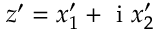
z ^ { \prime } = x _ { 1 } ^ { \prime } + \mathrm { ~ i ~ } x _ { 2 } ^ { \prime }